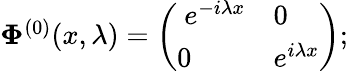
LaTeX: \begin{array}{r}{\mathbf{\Phi}^{(0)}(x,\lambda)=\left(\begin{array}{ll}{\ e^{-i\lambda x}}&{0}\\ {0}&{e^{i\lambda x}}\end{array}\right);}\end{array}